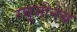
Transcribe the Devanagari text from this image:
रघूजीनेच